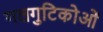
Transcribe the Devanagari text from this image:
गलगुटिकोओं